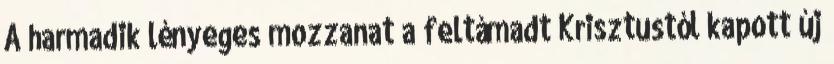
A harmadik lényeges mozzanat a feltámadt Krisztustól kapott új